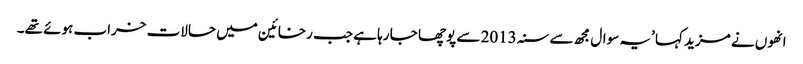
انھوں نے مزید کہا ’یہ سوال مجھ سے سنہ 2013 سے پوچھا جا رہا ہے جب رخائین میں حالات خراب ہوئے تھے۔